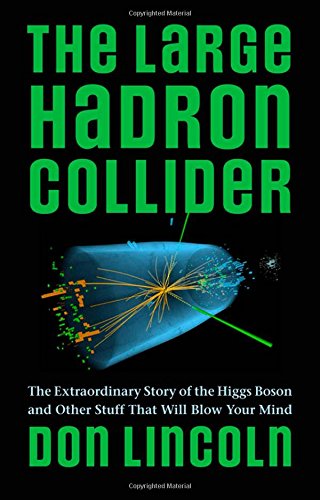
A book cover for The Large Hadron Collider: The Extraordinary Story of the Higgs Boson and Other Stuff That Will Blow Your Mind; Don Lincoln; Science & Math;